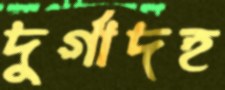
দুর্গাদহ